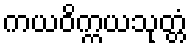
ကယဝိက္ကယသုတ္တံ